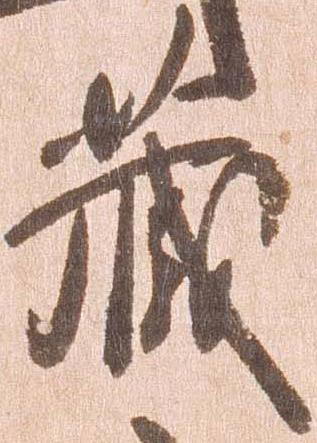
蔵